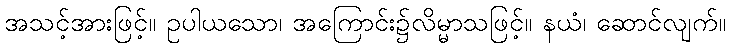
အသင့်အားဖြင့်။ ဥပါယသော၊ အကြောင်း၌လိမ္မာသဖြင့်။ နယံ၊ ဆောင်လျက်။